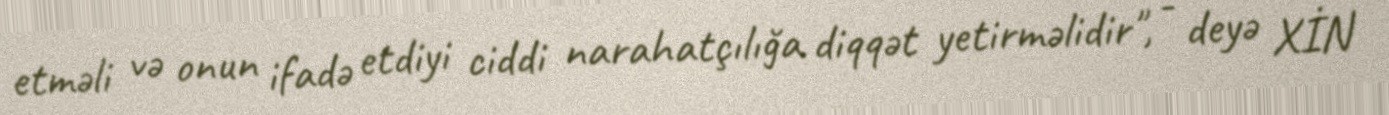
etməli və onun ifadə etdiyi ciddi narahatçılığa diqqət yetirməlidir", - deyə XİN